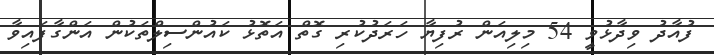
ފުއާދު ވިދާޅުވީ 54 މިލިއަން ރުފިޔާ ހަރަދުކުރި ގޮތް އަތޮޅު ކައުންސިލްތަކުން އަންގާފައިވާ